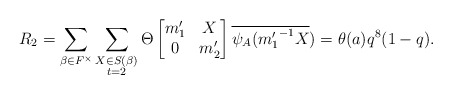
\begin{align*} R_2=\displaystyle \sum_{\beta \in F^{\times}} \sum_{\substack{X\in S(\beta) \\ t=2 }}\Theta \begin{bmatrix} m_1' & X\\0 & m_2' \end{bmatrix}\overline{\psi_A({m_1'}^{-1}X})=\theta(a)q^8(1-q).\end{align*}